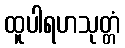
ထူပါရဟသုတ္တံ